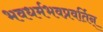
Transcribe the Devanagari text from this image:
भवधर्मभवप्रवर्तिन्